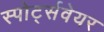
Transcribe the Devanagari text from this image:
स्पोर्ट्सवेयर